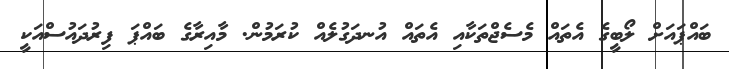
ބައްޕައަށް ލޯބީގެ އެތައް މެސެޖްތަކާއި އެތައް އުނދަގުލެއް ކުރަމުން. މާއިރާގެ ބައްޕަ ފިރުދައުސްއަކީ